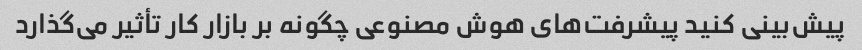
پیش‌بینی کنید پیشرفت‌های هوش مصنوعی چگونه بر بازار کار تأثیر می‌گذارد